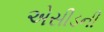
એસીડની